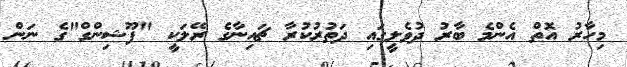
މިހާރު އޮތް އެންމެ ބާރު ދުވެލީގައި ދަތުރުކުރާ ޗައިނާގެ ރޭލަކީ "ފޫޝިންގް"ގެ ނަން